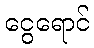
ငွေရောင်